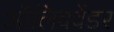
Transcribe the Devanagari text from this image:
ऑलिववेंडर